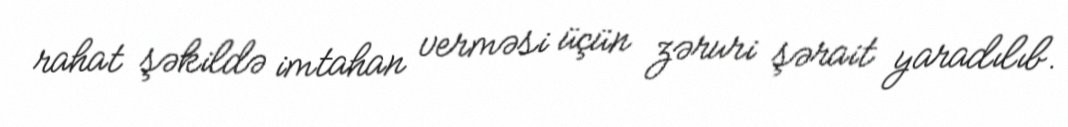
rahat şəkildə imtahan verməsi üçün zəruri şərait yaradılıb.